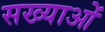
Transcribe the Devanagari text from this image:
सख्याओं